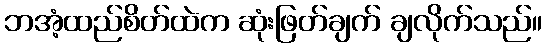
ဘအံ့ထည်စိတ်ထဲက ဆုံးဖြတ်ချက် ချလိုက်သည်။